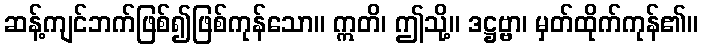
ဆန့်ကျင်ဘက်ဖြစ်၍ဖြစ်ကုန်သော။ ဣတိ၊ ဤသို့။ ဒဋ္ဌဗ္ဗာ၊ မှတ်ထိုက်ကုန်၏။